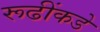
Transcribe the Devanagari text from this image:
रूढींकडे